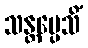
သန္တပ္ပေသိံ